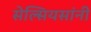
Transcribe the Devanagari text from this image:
सेल्सियसांनी